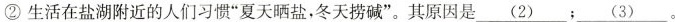
②生活在盐湖附近的人们习惯”夏天晒盐，冬天捞碱”。其原因是___(2)_；(3)___。